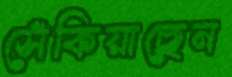
সেঁকিয়াছেন